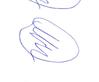
Signature authenticity: forged